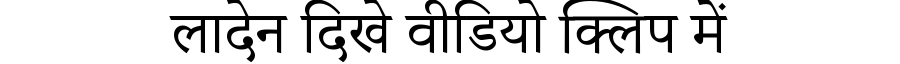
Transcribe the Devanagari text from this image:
लादेन दिखे वीडियो क्लिप में